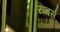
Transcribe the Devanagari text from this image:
रुचर्स